Malarial fevers
Disease focus: Malaria
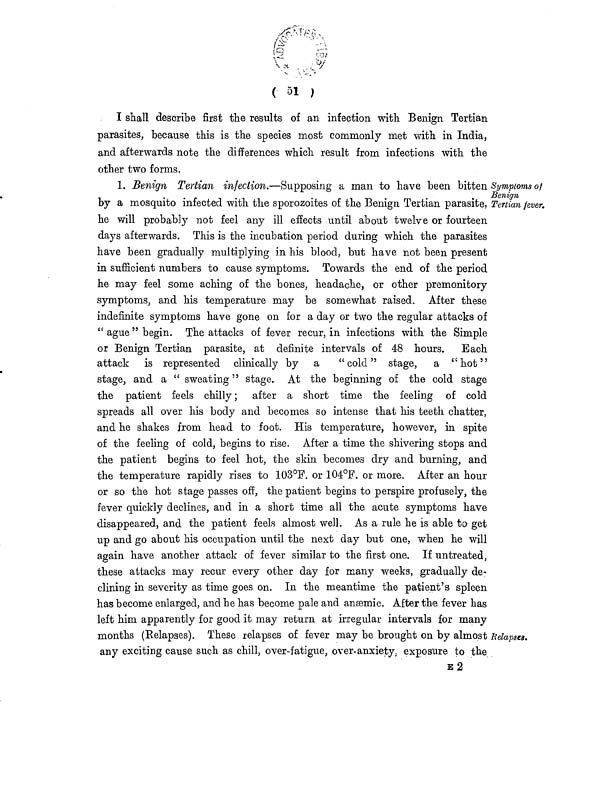
( 51 )
I shall describe first the results of an infection with Benign Tertian
parasites, because this is the species most commonly met with in India,
and afterwards note the differences which result from infections with the
other two forms.
Symptoms of
Benign
Tertian fever.
1. Benign Tertian infection.—Supposing a man to have been bitten
by a mosquito infected with the sporozoites of the Benign Tertian parasite,
he will probably not feel any ill effects until about twelve or fourteen
days afterwards. This is the incubation period during which the parasites
have been gradually multiplying in his blood, but have not been present
in sufficient numbers to cause symptoms. Towards the end of the period
he may feel some aching of the bones, headache, or other premonitory
symptoms, and his temperature may be somewhat raised. After these
indefinite symptoms have gone on for a day or two the regular attacks of
" ague " begin. The attacks of fever recur, in infections with the Simple
or Benign Tertian parasite, at definite intervals of 48 hours.
Each
attack is represented clinically by a
"cold" stage, a
"hot"
stage, and a " sweating" stage. At the beginning of the cold stage
the patient feels chilly; after a short time the feeling of cold
spreads all over his body and becomes so intense that his teeth chatter,
and he shakes from head to foot. His temperature, however, in spite
of the feeling of cold, begins to rise. After a time the shivering stops and
the patient begins to feel hot, the skin becomes dry and burning, and
the temperature rapidly rises to 103°F. or 104°F. or more. After an hour
or so the hot stage passes off, the patient begins to perspire profusely, the
fever quickly declines, and in a short time all the acute symptoms have
disappeared, and the patient feels almost well. As a rule he is able to get
up and go about his occupation until the next day but one, when he will
again have another attack of fever similar to the first one. If untreated,
these attacks may recur every other day for many weeks, gradually de-
clining in severity as time goes on. In the meantime the patient's spleen
has become enlarged, and he has become pale and anæmic. After the fever has
left him apparently for good it may return at irregular intervals for many
months (Relapses). These relapses of fever may be brought on by almost
any exciting cause such as chill, over-fatigue, over-anxiety exposure to the
Relapses.
E 2